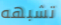
تشبهه